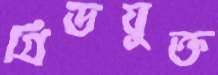
গ্রিডযুক্ত